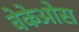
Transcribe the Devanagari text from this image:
वेकेओस